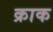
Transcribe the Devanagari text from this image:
क्राक